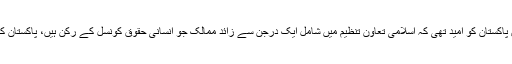
اطلاعات کے مطابق پاکستان کو امید تھی کہ اسلامی تعاون تنظیم میں شامل ایک درجن سے زائد ممالک جو انسانی حقوق کونسل کے رکن ہیں، پاکستان کی حمایت کریں گے۔